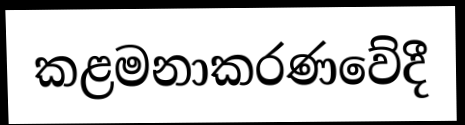
කළමනාකරණවේදී